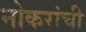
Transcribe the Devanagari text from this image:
नोकरांची